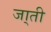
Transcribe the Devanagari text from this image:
जा्ती